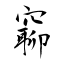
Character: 窷